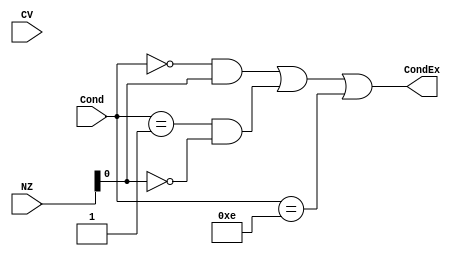
module condition_check (input [1:0] NZ, CV, input [3:0] Cond, output CondEx);

assign CondEx = ((Cond == 4'b0000) & NZ[0]) | ((Cond == 4'b0001) & ~NZ[0]) | ((Cond == 4'b1110)) ;

endmodule